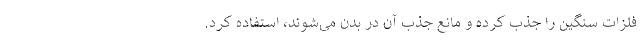
فلزات سنگین را جذب کرده و مانع جذب آن در بدن می‌شوند، استفاده کرد.